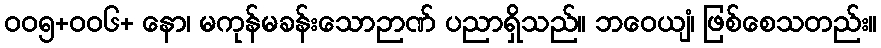
၀၀၅+၀၀၆+ နော၊ မကုန်မခန်းသောဉာဏ် ပညာရှိသည်။ ဘဝေယျံ၊ ဖြစ်စေသတည်း။